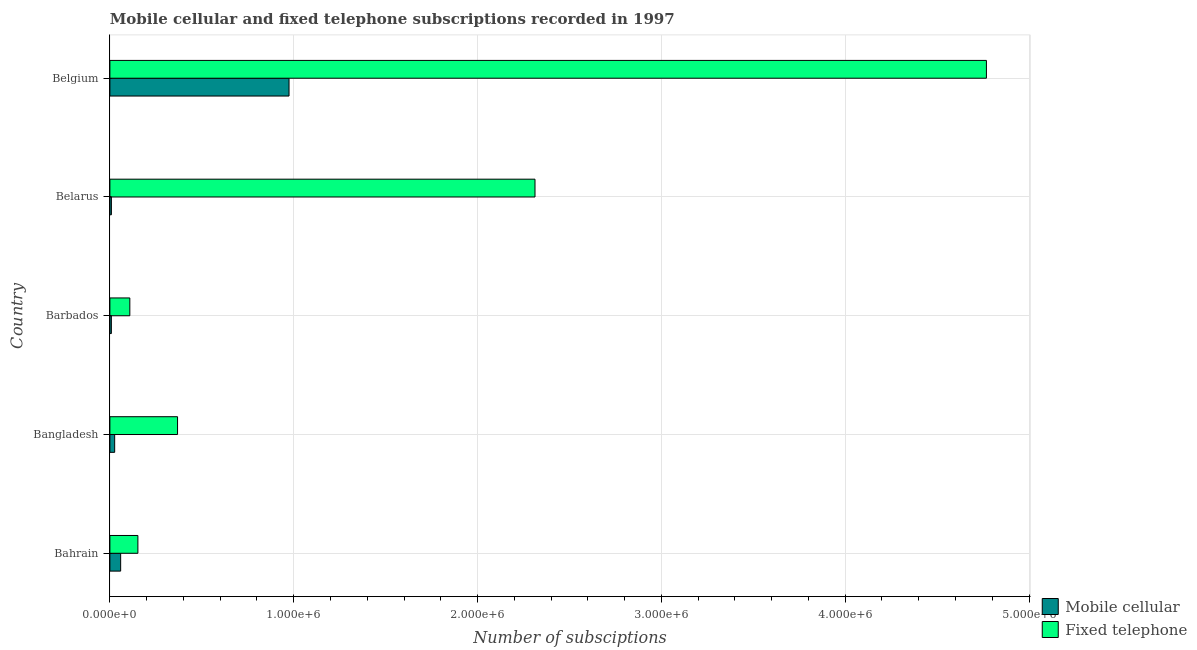
| Country | Mobile cellular | Fixed telephone |
 | --- | --- | --- |
 | Bahrain | 5.85e+04 | 1.52e+05 |
 | Bangladesh | 2.6e+04 | 3.68e+05 |
 | Barbados | 8.01e+03 | 1.08e+05 |
 | Belarus | 8.17e+03 | 2.31e+06 |
 | Belgium | 9.74e+05 | 4.77e+06 |